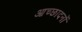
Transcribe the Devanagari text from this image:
आच्छादनों